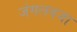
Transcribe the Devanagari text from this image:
जंगलवजा